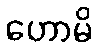
ဟောမိ